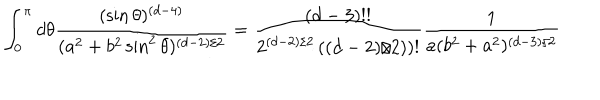
LaTeX: \int _ { 0 } ^ { \pi } d \theta { \frac { ( \sin \theta ) ^ { ( d - 4 ) } } { ( a ^ { 2 } + b ^ { 2 } \sin ^ { 2 } \theta ) ^ { ( d - 2 ) / 2 } } } = { \frac { ( d - 3 ) ! ! } { 2 ^ { ( d - 2 ) / 2 } \left( ( d - 2 ) / 2 ) \right) ! } } { \frac { 1 } { a ( b ^ { 2 } + a ^ { 2 } ) ^ { ( d - 3 ) / 2 } } }